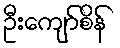
ဦးကျော်စိန်